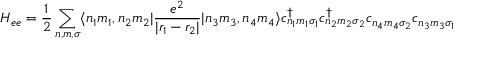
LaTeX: \displaystyle H _ { e e } = { \frac { 1 } { 2 } } \sum _ { n , m , \sigma } \langle n _ { 1 } m _ { 1 } , n _ { 2 } m _ { 2 } | { \frac { e ^ { 2 } } { | r _ { 1 } - r _ { 2 } | } } | n _ { 3 } m _ { 3 } , n _ { 4 } m _ { 4 } \rangle c _ { n _ { 1 } m _ { 1 } \sigma _ { 1 } } ^ { \dagger } c _ { n _ { 2 } m _ { 2 } \sigma _ { 2 } } ^ { \dagger } c _ { n _ { 4 } m _ { 4 } \sigma _ { 2 } } c _ { n _ { 3 } m _ { 3 } \sigma _ { 1 } }